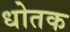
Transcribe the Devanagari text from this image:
धोतक